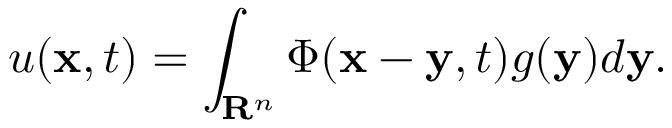
u ( \mathbf { x } , t ) = \int _ { \mathbf { R } ^ { n } } \Phi ( \mathbf { x } - \mathbf { y } , t ) g ( \mathbf { y } ) d \mathbf { y } .